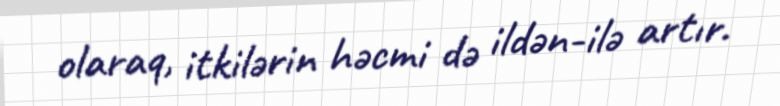
olaraq, itkilərin həcmi də ildən-ilə artır.